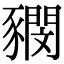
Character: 𧲃